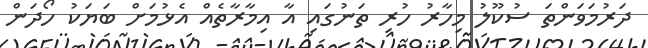
ދަރުމަވަންތަ ސުކޫލު މިހާރު ހުރި ތަނުގައި އާ އިމާރާތެއް އެޅުމަށް ބަޔަކު ހޯދަން